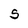
Character: S